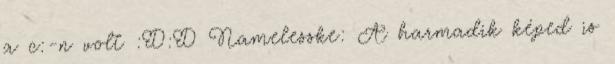
a c:-n volt :D:D Namelesske: A harmadik képed is